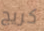
كريج